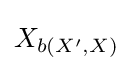
X_{b\left(X^{\prime },X\right)}